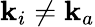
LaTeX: \mathbf{k}_{i}\neq\mathbf{k}_{a}